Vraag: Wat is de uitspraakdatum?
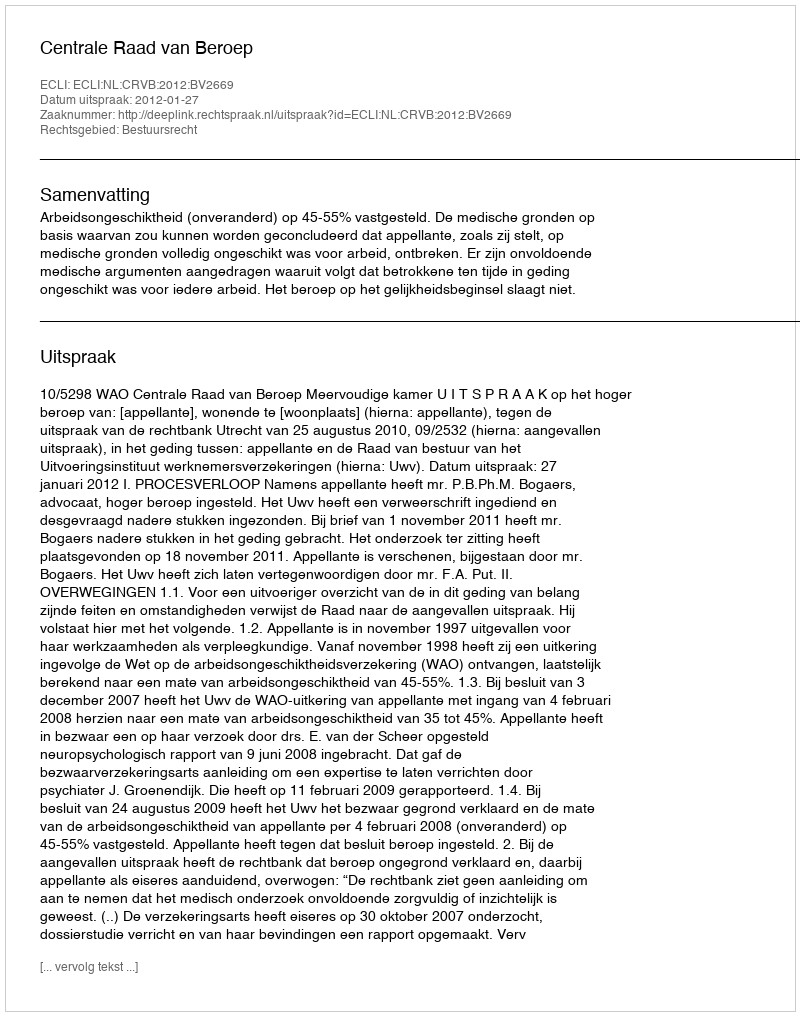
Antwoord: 2012-01-27